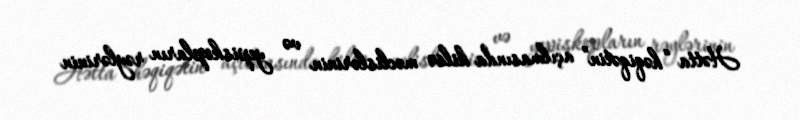
Hətta “həqiqətin” açılmasında kilsə məclislərinin və yepiskopların rəylərinin